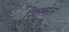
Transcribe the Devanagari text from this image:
शिस्सेल